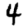
Digit: 4